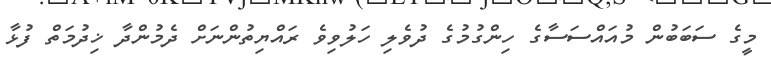
މީގެ ސަބަބުން މުއައްސަސާގެ ހިންގުމުގެ ދުވެލި ހަލުވިވެ ރައްޔިތުންނަށް ދެމުންދާ ޚިދުމަތް ފުޅާ